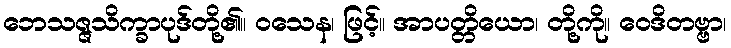
ဘေသဇ္ဇသိက္ခာပုဒ်တို့၏။ ဝသေန၊ ဖြင့်။ အာပတ္တိယော၊ တို့ကို။ ဝေဒိတဗ္ဗာ၊